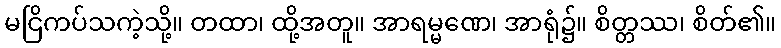
မငြိကပ်သကဲ့သို့။ တထာ၊ ထို့အတူ။ အာရမ္မဏေ၊ အာရုံ၌။ စိတ္တဿ၊ စိတ်၏။